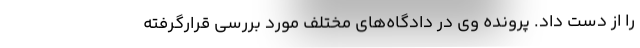
را از دست داد. پرونده وی در دادگاه‌های مختلف مورد بررسی قرارگرفته